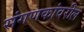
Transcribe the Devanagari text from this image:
संगणकांवरील